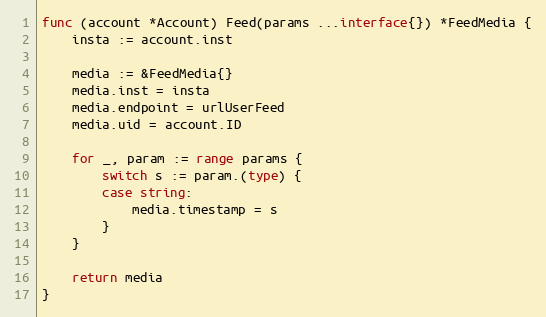
Language: Go
func (account *Account) Feed(params ...interface{}) *FeedMedia {
	insta := account.inst

	media := &FeedMedia{}
	media.inst = insta
	media.endpoint = urlUserFeed
	media.uid = account.ID

	for _, param := range params {
		switch s := param.(type) {
		case string:
			media.timestamp = s
		}
	}

	return media
}